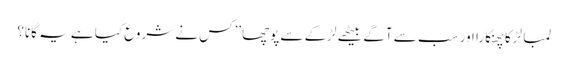
لمبا لڑکا پھنکارا اور سب سے آگے بیٹھے لڑکے سے پوچھا’’کس نے شروع کیا ہے یہ گانا؟